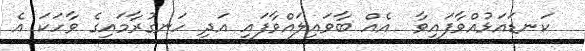
ކަނޑައަޅުއްވާފައިވާ  އެއް ބާވައިލައްވާފައި އަދި ހަނގުރާމައިގެ ވާހަކަ އެ